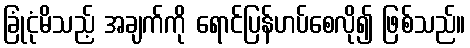
ခြုံငုံမိသည့် အချက်ကို ရောင်ပြန်ဟပ်စေလို၍ ဖြစ်သည်။